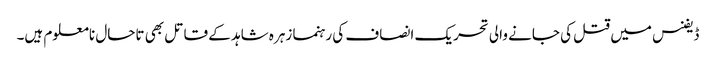
ڈیفنس میں قتل کی جانے والی تحریک انصاف کی رہنما زہرہ شاہد کے قاتل بھی تاحال نامعلوم ہیں۔